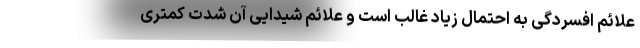
علائم افسردگی به احتمال زیاد غالب است و علائم شیدایی آن شدت کمتری